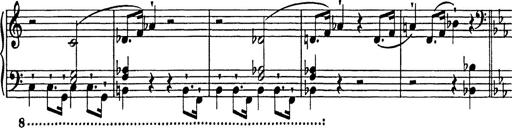
Title: Festmarsch zur SÃ¤cularfeier von Goethes Geburtstag
Composer: Franz Liszt